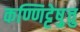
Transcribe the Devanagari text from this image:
कण्णिट्टेषु़त्तु